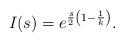
LaTeX: \begin{align*} I(s) = e^{\frac{s}{2}\left(1-\frac{1}{k} \right)}. \end{align*}